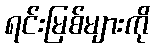
ရင်းမြစ်များကို